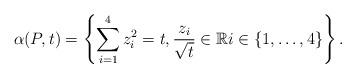
LaTeX: \begin{align*}\alpha( P, t ) = \left\{ \sum_{i = 1}^{4} z_i^{2} = t, \frac{z_i}{\sqrt{t}} \in \mathbb{R} i \in \{1, \dotsc, 4\} \right\}.\end{align*}